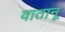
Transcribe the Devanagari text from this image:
वातानू